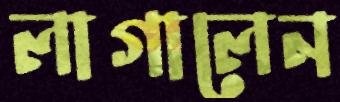
লাগালেন